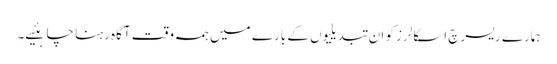
ہمارے ریسرچ اسکالرز کو ان تبدیلیوں کے بارے میں ہمہ وقت آگاہ رہنا چاہئیے۔